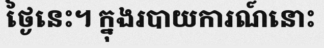
ថ្ងៃនេះ។ ក្នុងរបាយការណ៍នោះ